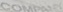
COMPANY